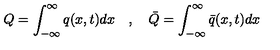
Q = \int _ { - \infty } ^ { \infty } q ( x , t ) d x \quad , \quad \bar { Q } = \int _ { - \infty } ^ { \infty } \bar { q } ( x , t ) d x